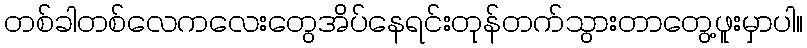
တစ်ခါတစ်လေကလေးတွေအိပ်နေရင်းတုန်တက်သွားတာတွေ့ဖူးမှာပါ။